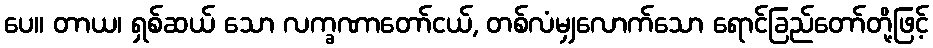
ပေ။ တာယ၊ ရှစ်ဆယ် သော လက္ခဏာတော်ငယ်, တစ်လံမျှလောက်သော ရောင်ခြည်တော်တို့ဖြင့်